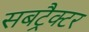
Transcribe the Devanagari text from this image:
सबट्रैक्टर